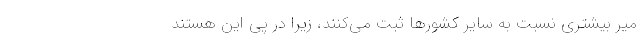
میر بیشتری نسبت به سایر کشور‌ها ثبت می‌کنند، زیرا در پی این هستند